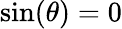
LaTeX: \sin(\theta)=0